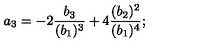
a _ { 3 } = - 2 { \frac { b _ { 3 } } { ( b _ { 1 } ) ^ { 3 } } } + 4 { \frac { ( b _ { 2 } ) ^ { 2 } } { ( b _ { 1 } ) ^ { 4 } } } ;